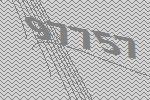
97757